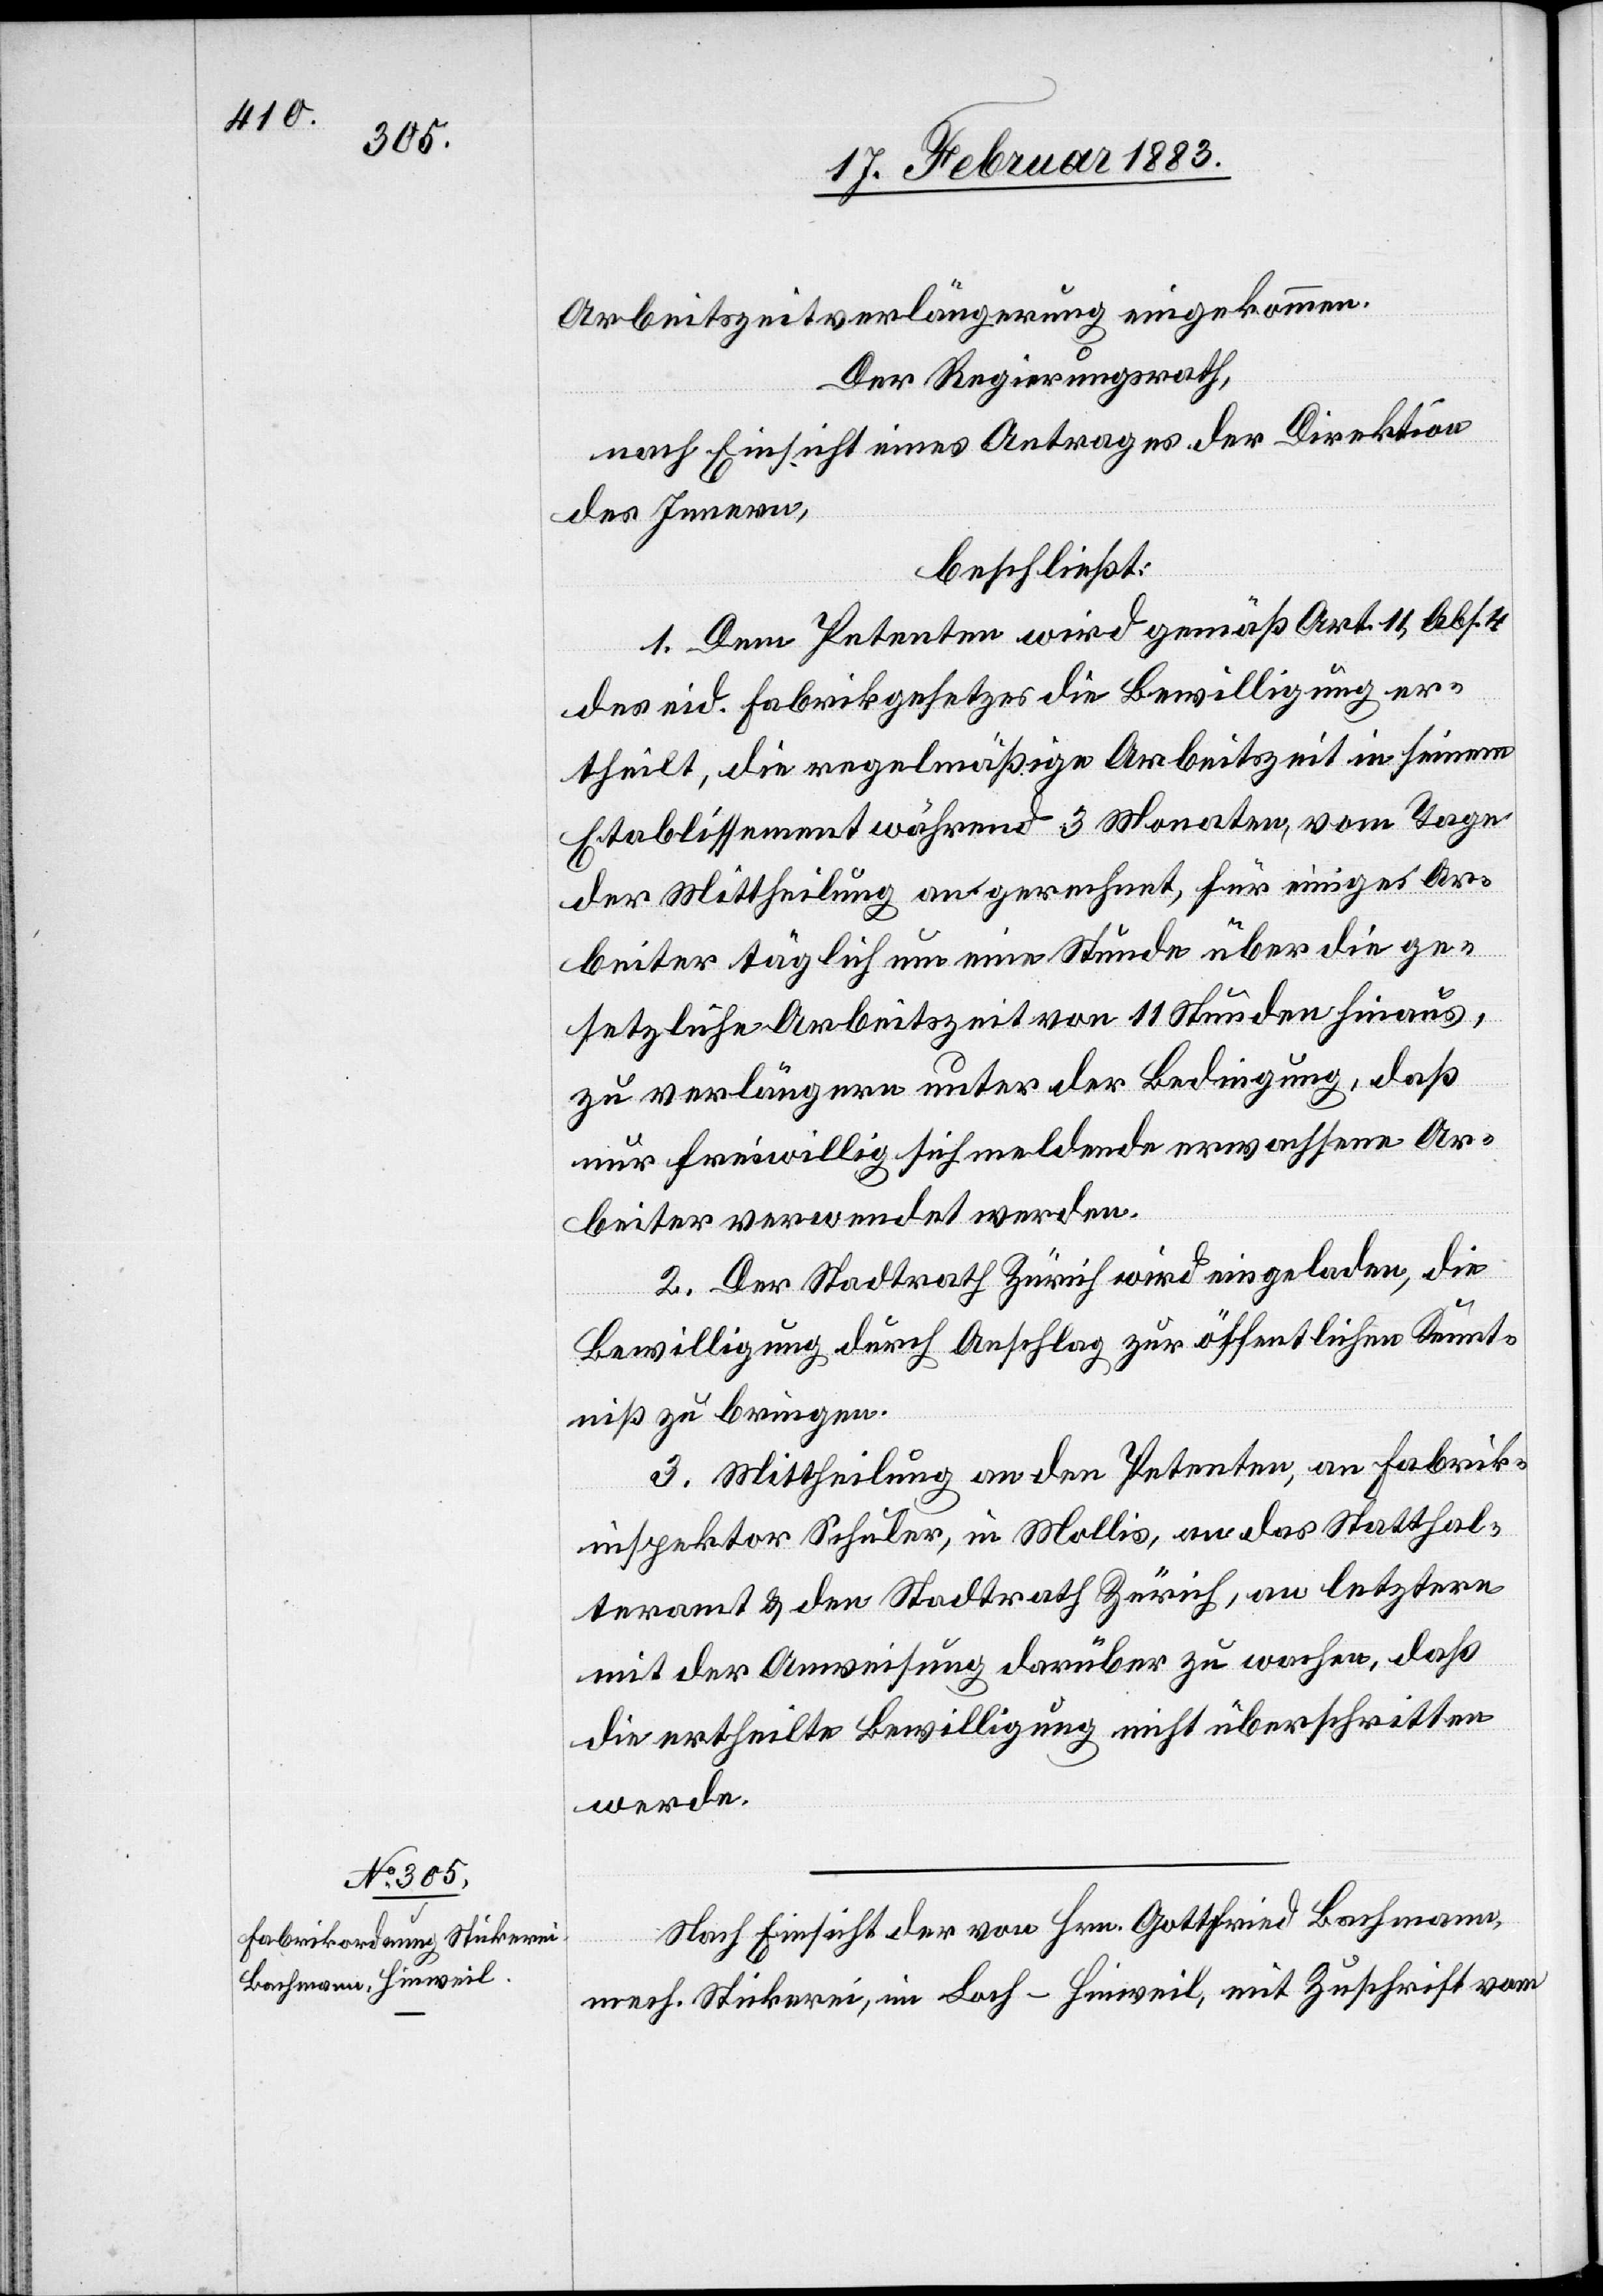
Arbeitszeitverlängerung eingekommen.
Der Regierungsrath,
nach Einsicht eines Antrages der Direktion
des Innern,
beschließt:
1. Dem Petenten wird gemäß Art. 11, Abs. 4
des eid. Fabrikgesetzes die Bewilligung er¬
theilt, die regelmäßige Arbeitszeit in seinem
Etablissement während 3 Monaten, vom Tage
der Mittheilung an gerechnet für einige Ar¬
beiter täglich um eine Stunde über die ge¬
setzliche Arbeitszeit von 11 Stunden hinaus,
zu verlängern unter der Bedingung, daß
nur freiwillig sich meldende erwachsene Ar¬
beiter verwendet werden.
2. Der Stadtrath Zürich wird eingeladen, die
Bewilligung durch Anschlag zur öffentlichen Kennt¬
niß zu bringen.
3. Mittheilung an den Petenten, an Fabrik¬
inspektor Schuler, in Mollis, an das Statthal¬
teramt & den Stadtrath Zürich, an letztere
mit der Anweisung darüber zu wachen, daß
die ertheilte Bewilligung nicht überschritten
werde.
Nach Einsicht der von Hrn. Gottfried Bachmann,
mech. Stickerei, im Loch - Hinweil, mit Zuschrift vom